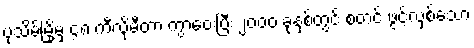
ပုသိမ်မြို့မှ ၄၈ ကီလိုမီတာ ကွာဝေးပြီး ၂၀၀၀ ခုနှစ်တွင် စတင် ဖွင့်လှစ်သော